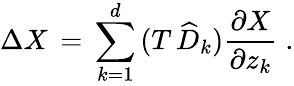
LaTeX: \Delta X\, =\, \sum_{k=1}^{d}\, (T\, \widehat{D}_{k})\frac{\partial X}{\partial z_{k}}\; .